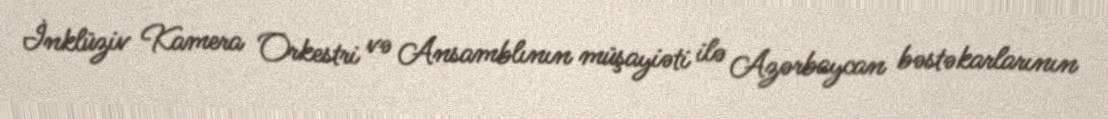
İnklüziv Kamera Orkestri və Ansamblının müşayiəti ilə Azərbaycan bəstəkarlarının